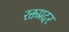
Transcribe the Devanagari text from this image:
रक्तप्रदर